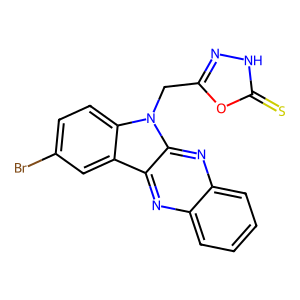
SMILES: S=c1[nH]nc(Cn2c3ccc(Br)cc3c3nc4ccccc4nc32)o1
Inhibits HIV replication: No